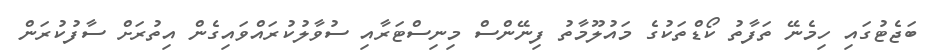
ބަޖެޓުގައި ހިމެނޭ ތަފާތު ކޯޑްތަކުގެ މައުލޫމާތު ފިނޭންސް މިނިސްޓަރާއި ސުވާލުކުރައްވައިގެން އިތުރަށް ސާފުކުރަން